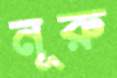
নূরু